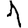
Digit: 1